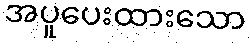
အပူပေးထားသော